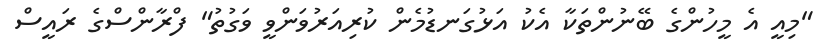
"މިއީ އެ މީހުންގެ ބޭނުންތަކާ އެކު އަޅުގަނޑުމެން ކުރިއަރުވަންވީ ވަގުތު" ފްރާންސްގެ ރައީސް